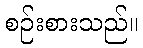
စဉ်းစားသည်။